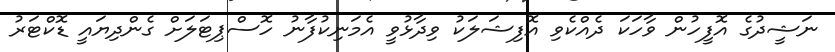
ނަޝީދުގެ އޮފީހުން ވާހަކަ ދެއްކެވި އޮފިޝަލަކު ވިދާޅުވީ އެމަނިކުފާނު ހޮސްޕިޓަލަށް ގެންދިޔައީ ޑޮކްޓަރު